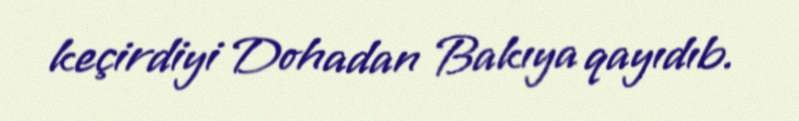
keçirdiyi Dohadan Bakıya qayıdıb.